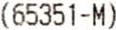
(65351-M)